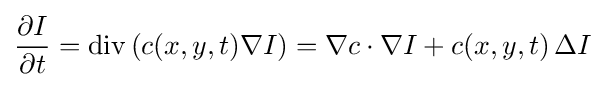
{\frac {\partial I}{\partial t}}=\operatorname {div} \left(c(x,y,t)\nabla I\right)=\nabla c\cdot \nabla I+c(x,y,t)\,\Delta I